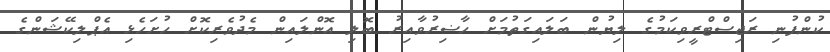
ކުންފުނި ރަޖިސްޓްރީވިކަމުގެ ލިޔުން ބަލައިގަތުމަށް ހާޟިރުވާއިރު ބޮލި އޮންލައިން މެދުވެރިކޮށް ހުށަހެޅި އެޕްލިކޭޝަންގެ